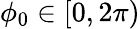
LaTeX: \phi_{0}\in[0,2\pi)